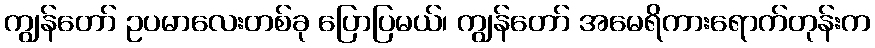
ကျွန်တော် ဥပမာလေးတစ်ခု ပြောပြမယ်၊ ကျွန်တော် အမေရိကားရောက်တုန်းက